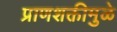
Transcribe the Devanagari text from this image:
प्राणशक्तीमुळे